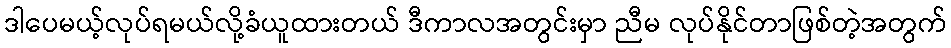
ဒါပေမယ့်လုပ်ရမယ်လို့ခံယူထားတယ် ဒီကာလအတွင်းမှာ ညီမ လုပ်နိုင်တာဖြစ်တဲ့အတွက်